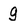
Character: g